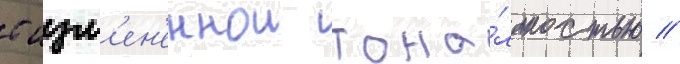
с изм'ен'еннои тона́льностью //